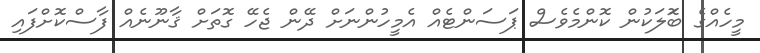
މީހެއްގެ ބޮަލަކުން ކޮންމެވެސް ޕަސަންޓެއް އެމީހުންނަށް ދޭން ޖެހޭ ގޮތަށް ޤާނޫނެއް ފާސްކޮށްފައި